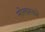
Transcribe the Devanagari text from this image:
नोलास्को